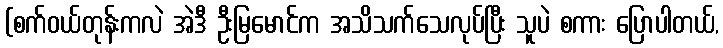
(စက်ဝယ်တုန်းကလဲ အဲဒီ ဦးမြမောင်က အသိသက်သေလုပ်ပြီး သူပဲ စကား ပြောပါတယ်,